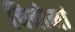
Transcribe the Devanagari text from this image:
चित्रोमां